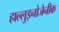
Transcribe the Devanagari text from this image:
हाल्लुइनोजेनीक